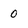
Character: 0